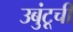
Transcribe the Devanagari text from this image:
उबुंटूची